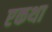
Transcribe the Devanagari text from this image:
एकथा